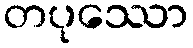
တပုဿော